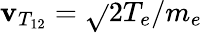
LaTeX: \mathbf{v}_{T_{12}}=\sqrt{}{{2T_{e}/m_{e}}}